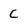
Character: C